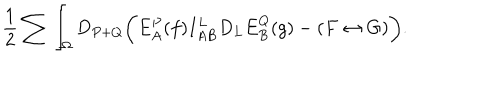
LaTeX: { \frac { 1 } { 2 } } \sum \int _ { \Omega } D _ { P + Q } \biggl ( E _ { A } ^ { P } ( f ) I _ { A B } ^ { L } D _ { L } E _ { B } ^ { Q } ( g ) - ( F \leftrightarrow G ) \biggr ) .